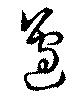
辺